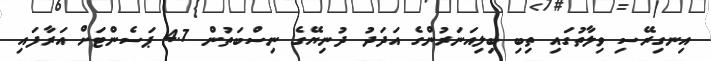
އިނގިރޭސި ވިލާތުގައި ތިބި ބިލިއަނަރުންގެ އަދަދު ދުނިޔޭގެ ނިސްބަތުން 4.7 ޕަސެންޓަށް އަރާފައި